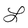
Character: L